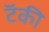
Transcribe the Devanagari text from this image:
टॅकी